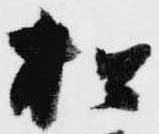
松